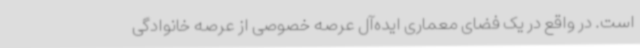
است. در واقع در یک فضای معماری ایده‌آل عرصه خصوصی از عرصه خانوادگی